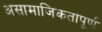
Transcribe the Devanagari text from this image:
असामाजिकतापूर्ण